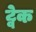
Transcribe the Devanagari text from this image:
ट्वेक